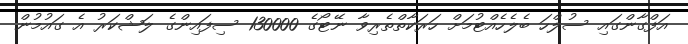
އަފްގާންގައި ސުލްހަ ބެލެހެއްޓުމަށް ހަރަކާތްތެރިވާ ނޭޓޯގެ 130000 ސިފައިންގެ ލަޝްކަރު އެ ގައުމުން